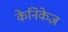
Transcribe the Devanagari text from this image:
केनिकेज़